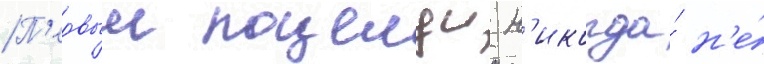
П'ервыи поцелуи н'икогда́ н'е́